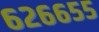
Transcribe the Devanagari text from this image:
६२६६५५